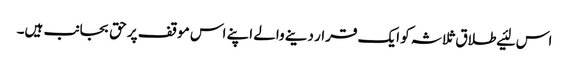
اس لئیے طلاق ثلاثہ کو ایک قرار دینے والے اپنے اس موقف پر حق بجانب ہیں۔